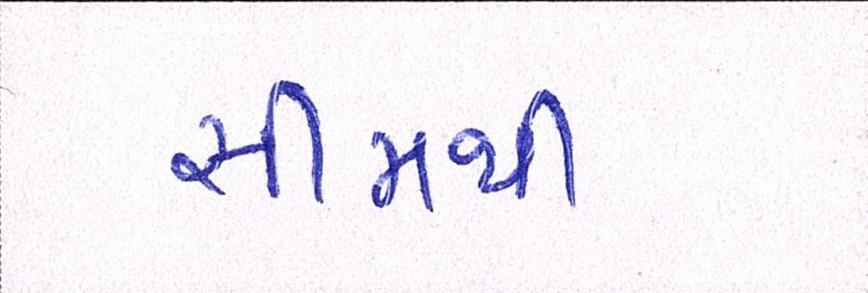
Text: સીમાથી